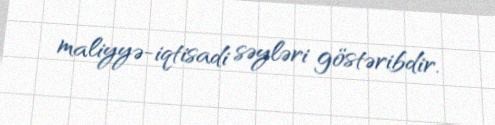
maliyyə-iqtisadi səyləri göstəribdir.